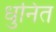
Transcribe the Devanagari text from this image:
धुनित